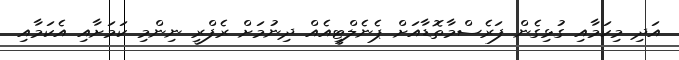
އަދި މިކަމާއި ގުޅިގެން ފަރެސްމާތޮޑާއަށް ޕެނެލްޓީއެއް ދިނުމަށް ރެފްރީ ނިންމި ކަމަށާއި އެކަމާއި